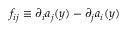
f _ { i j } \equiv \partial _ { i } a _ { j } ( y ) - \partial _ { j } a _ { i } ( y )